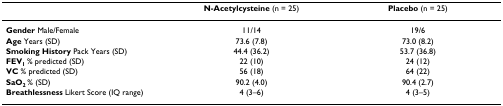
|  | N-Acetylcysteine (n = 25) | Placebo (n = 25) |
 | --- | --- | --- |
 | Gender Male/Female | 11/14 | 19/6 |
 | Age Years (SD) | 73.6 (7.8) | 73.0 (8.2) |
 | Smoking History Pack Years (SD) | 44.4 (36.2) | 53.7 (36.8) |
 | FEV1 % predicted (SD) | 22 (10) | 24 (12) |
 | VC % predicted (SD) | 56 (18) | 64 (22) |
 | SaO2 % (SD) | 90.2 (4.0) | 90.4 (2.7) |
 | Breathlessness Likert Score (IQ range) | 4 (3–6) | 4 (3–5) |